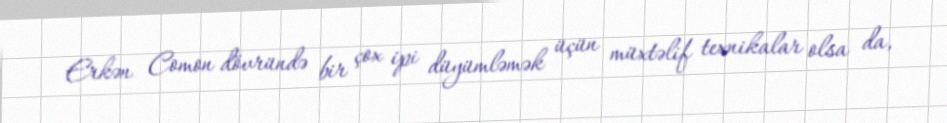
Erkən Comon dövründə bir çox ipi düyümləmək üçün müxtəlif texnikalar olsa da,